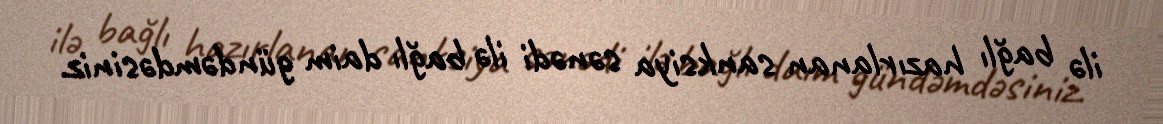
ilə bağlı hazırlanan sanksiya sənədi ilə bağlı daim gündəmdəsiniz.